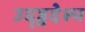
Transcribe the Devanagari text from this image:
उद्ड्ढदेश्य